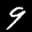
Label: 9